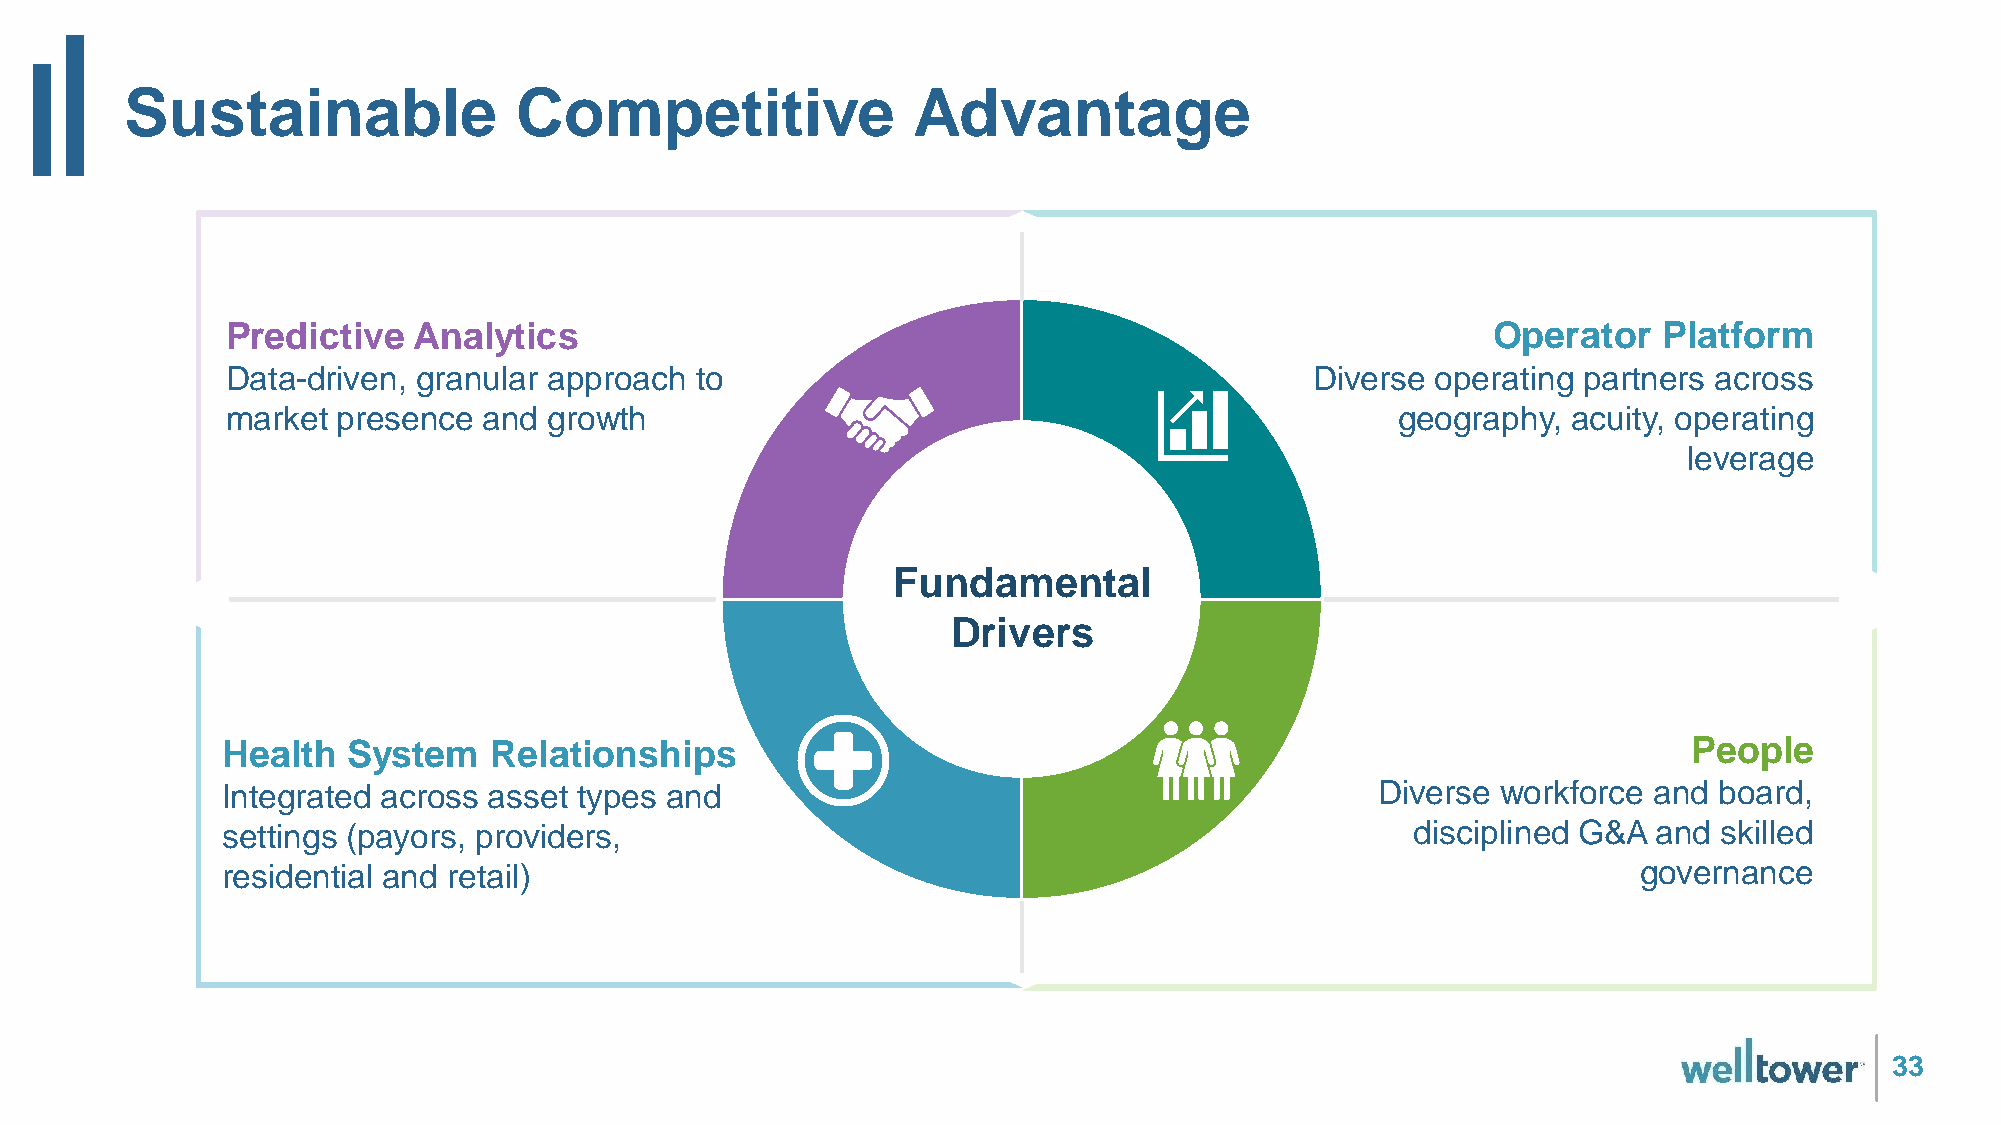
Sustainable               Competitive               Advantage
 Predictive  Analytics                                                               Operator   Platform
 Data-driven, granular approach to                                       Diverse operating partners across
 market presence  and growth                                                   geography, acuity, operating
 leverage
 Fundamental
 Drivers
 Health  System   Relationships                                                                   People
 Integrated across asset types and                                           Diverse workforce and  board,
 settings (payors, providers,                                                   disciplined G&A and skilled
 residential and retail)                                                                       governance
 33